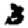
Digit: 3